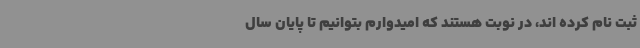
ثبت نام کرده اند، در نوبت هستند که امیدوارم بتوانیم تا پایان سال